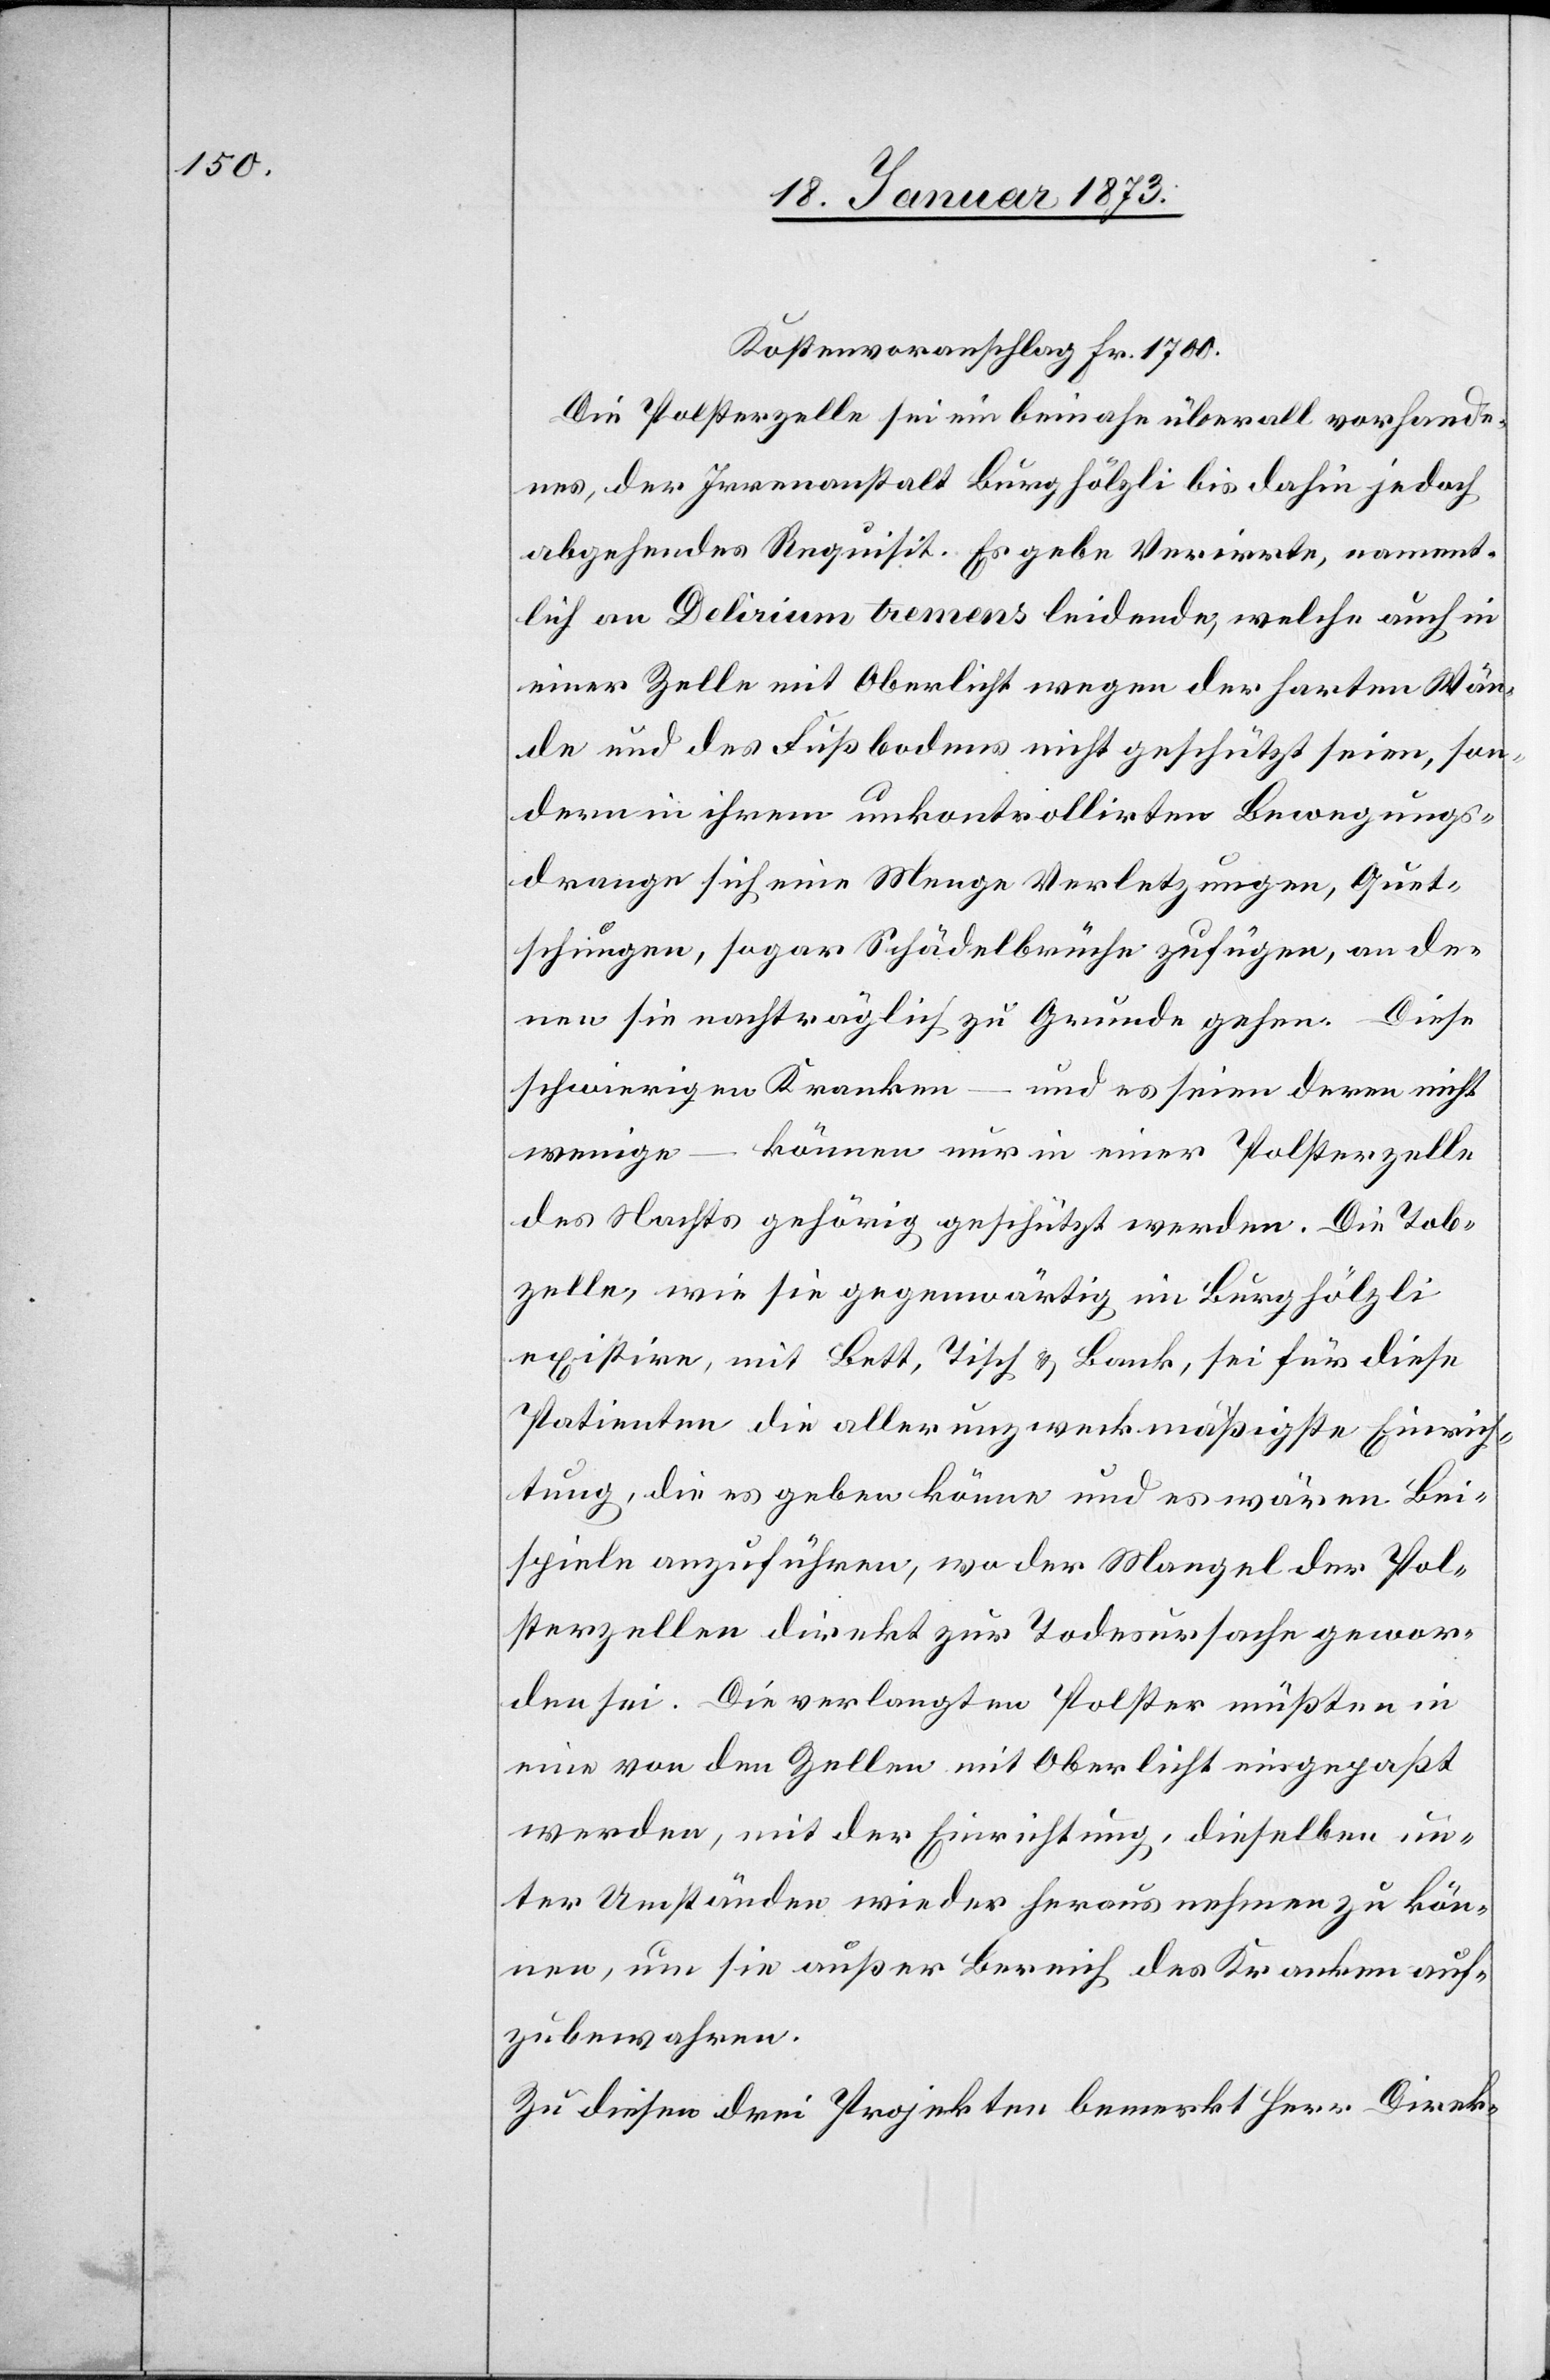
Kostenvoranschlag Fr. 1700
Die Polsterzelle sei ein beinahe überall vorhande¬
nes, der Irrenanstalt Burghölzli bis dahin jedoch
abgehendes Requisit. Es gebe Verirrte, nament¬
lich an Delirium tremens leidende, welche auch in
einer Zelle mit Oberlicht wegen der harten Wän¬
de und des Fußbodens nicht geschützt seien, son¬
dern in ihrem unkontrollirten Bewegungs¬
drange sich eine Menge Verletzungen, Quet¬
schungen, sogar Schädelbrüche zufügen, an de¬
nen sie nachträglich zu Grunde gehen. Diese
schwierigen Kranken
und es seien deren nicht
wenige – können nur in einer Polsterzelle
des Nachts gehörig geschützt werden. Die Tob¬
zelle, wie sie gegenwärtig im Burghölzli
existire, mit Bett, Tisch u. Bank, sei für diese
Patienten die aller unzweckmäßigste Einrich¬
tung, die es geben könne und es wären Bei¬
spiele anzuführen, wo der Mangel der Pol¬
sterzellen direkt zur Todesursache gewor¬
den sei. Die verlangten Polster müßten in
eine von den Zellen mit Oberlicht eingepaßt
werden, mit der Einrichtung, dieselben un¬
ter Umständen wieder herausnehmen zu kön¬
nen, um sie außer Bereich des Kranken auf¬
zubewahren.
Zu diesen drei Projekten bemerkt Herr Direk-